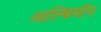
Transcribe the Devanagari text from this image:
आल्बियॉन